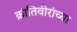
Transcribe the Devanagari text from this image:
क्रांतिवीरांच्या